Report of the Hyderabad Chloroform Commission
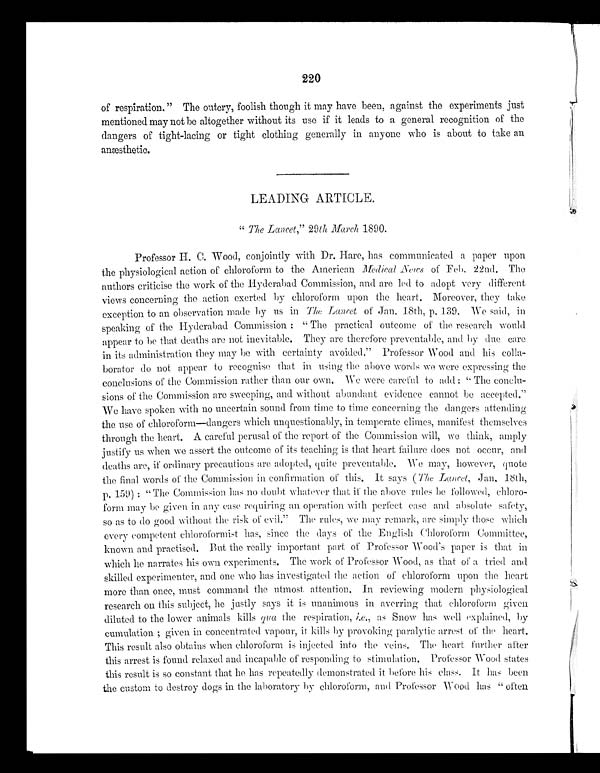
220
of respiration." The outcry, foolish though it may have been, against the experiments just
mentioned may not be altogether without its use if it leads to a general recognition of the
dangers of tight-lacing or tight clothing generally in anyone who is about to take an
anæsthetic.
LEADING ARTICLE.
" The Lancet," 29th March 1890.
Professor H. C. Wood, conjointly with Dr. Hare, has communicated a paper upon
the physiological action of chloroform to the American Medical News of Feb. 22nd. The
authors criticise the work of the Hyderabad Commission, and are led to adopt very different
views concerning the action exerted by chloroform upon the heart. Moreover, they take
exception to an observation made by us in The Lancet of Jan. 18th, p. 139. We said, in
speaking of the Hyderabad Commission: "The practical outcome of the research would
appear to be that deaths are not inevitable. They are therefore preventable, and by due care
in its administration they may be with certainty avoided." Professor Wood and his colla
-
borator do not appear to recognise that in using the above words we were expressing the
conclusions of the Commission rather than our own. We were careful to add: "The conclu
-
sions of the Commission are sweeping, and without abundant evidence cannot be accepted."
We have spoken with no uncertain sound from time to time concerning the dangers attendi
n g
the use of chloroform—dangers which unquestionably, in temperate climes, manifest themselves
through the heart. A careful perusal of the report of the Commission will, we think, amply
justify us when we assert the outcome of its teaching is that heart failure does not occur, and
deaths are, if ordinary precautions are adopted, quite preventable. We may, however, quote
the final words of the Commission in confirmation of this. It says ( The Lancet, Jan, 18th,
p . 159): "The Commission has no doubt whatever that if the above rules be followed, chloro
-
form may be given in any case requiring an operation with perfect ease and absolute safety,
so as to do good without the risk of evil." The rules, we may remark, are simply those which
every competent chloroformist has, since the days of the English Chloroform Committee,
known and practised. But the really important part of Professor Wood's paper is that in
which he narrates his own experiments. The work of Professor Wood, as that of a tried and
skilled experimenter, and one who has investigated the action of chloroform upon the heart
more than once, must command the utmost attention. In reviewing modern physiological
research on this subject, he justly says it is unanimous in averring that chloroform given
diluted to the lower animals kills qu a the respiration,i . e . ,
a s S n o w h a s w e l l e x p l a i n e d , b
y
cumulation; given in concentrated vapour, it kills by provoking paralytic arrest of the heart.
This result also obtains when chloroform is injected into the veins. The heart further after
this arrest is found relaxed and incapable of responding to stimulation. Professor Wood states
this result is so constant that he has repeatedly demonstrated it before his class. It has been
the custom to destroy dogs in the laboratory by chloroform, and Professor Wood has "often